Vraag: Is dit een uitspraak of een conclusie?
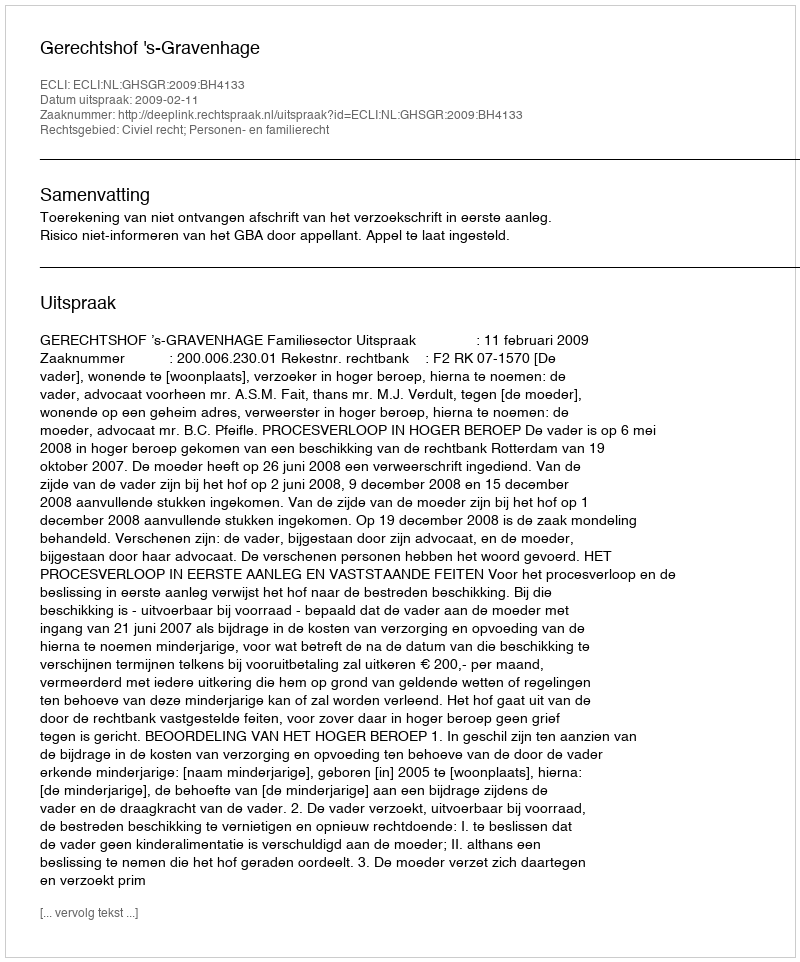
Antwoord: Uitspraak